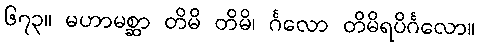
၆၇၃။ မဟာမစ္ဆာ တိမိ တိမိ၊ င်္ဂလော တိမိရပိင်္ဂလော။